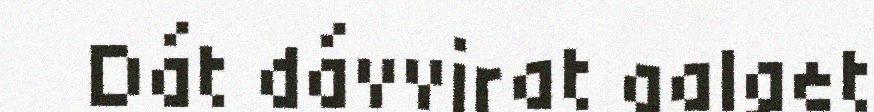
Dát dávvirat galget